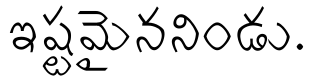
ఇష్టమైననిండు.